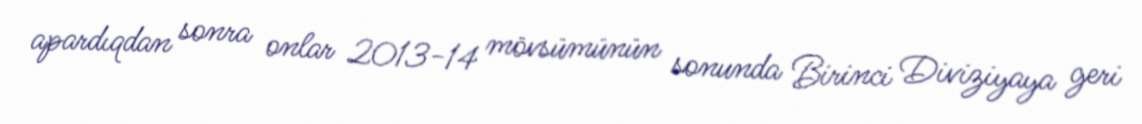
apardıqdan sonra onlar 2013-14 mövsümünün sonunda Birinci Diviziyaya geri